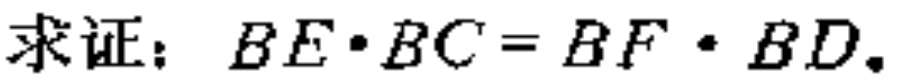
求证：\(BE\cdot BC = BF\cdot BD\)。